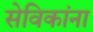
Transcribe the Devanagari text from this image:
सेविकांना